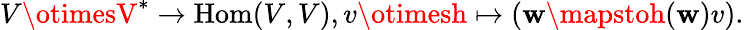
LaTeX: V\otimesV^{*}\to\operatorname{Hom}(V,V),v\otimesh\mapsto(\mathbf{w}\mapstoh(\mathbf{w})v).